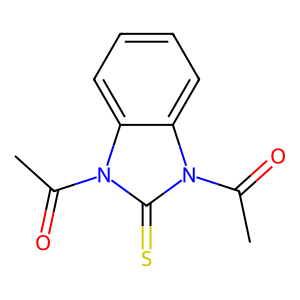
SMILES: CC(=O)n1c(=S)n(C(C)=O)c2ccccc21
Inhibits HIV replication: No